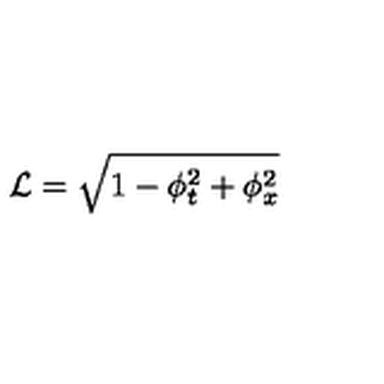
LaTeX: \mathcal { L } = \sqrt { 1 - \phi _ { t } ^ { 2 } + \phi _ { x } ^ { 2 } }